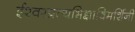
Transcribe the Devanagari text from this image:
ईश्वरप्रत्यभिज्ञाविमर्शिनी